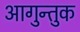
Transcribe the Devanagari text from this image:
आगुन्तुक